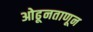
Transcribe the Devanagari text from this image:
ओढूनताणून